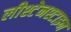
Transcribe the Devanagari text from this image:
लीश्टेनश्टाइन